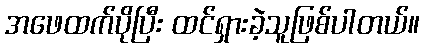
အဖေထက်ပိုပြီး ထင်ရှားခဲ့သူဖြစ်ပါတယ်။